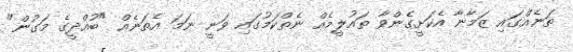
ތަނެއްގައި ޒަމާނާ އެކަށީގެންވާ ތައުލީމެއް ނެތްކަމުގައި ވަނީ ނަމަ އެތަނެއް "ބުއްދީގެ މަގުން"